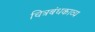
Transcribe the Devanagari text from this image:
चित्रबंधकाव्य